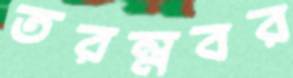
তরম্নবর